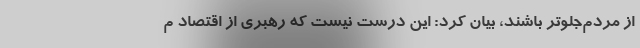
از مردم‌جلوتر باشند، بیان کرد: این درست نیست که رهبری از اقتصاد م